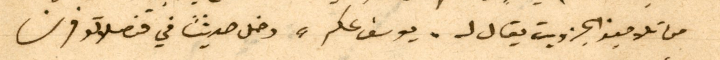
من تلاميذ الجزويت يقال له"يوسف عكر" دخل حديثًا في قنصلاتو فرنسا